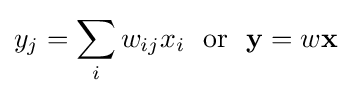
y_{j}=\sum _{i}w_{ij}x_{i}~~{\textrm {or}}~~{\textbf {y}}=w{\textbf {x}}